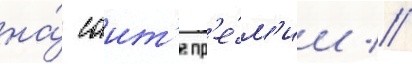
на́ саит'е пр'е́м'ии //